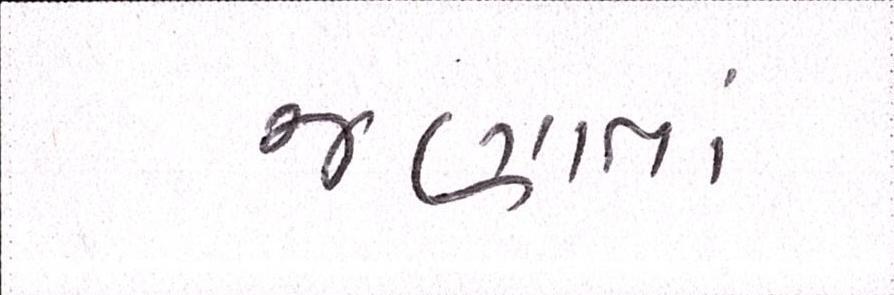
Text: જણાતાં